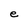
Character: e